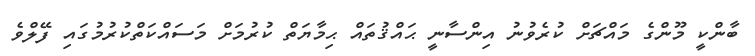
ބާންކީ މޫންގެ މައްޗަށް ކުރެވުނު އިންސާނީ ޙައްޤުތައް ޙިމާޔަތް ކުރުމަށް މަސައްކަތްކުރުމުގައި ފޭލްވެ